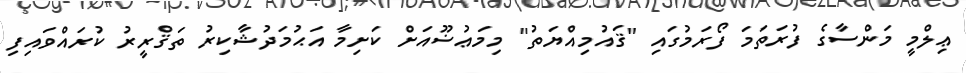
ޢިލްމީ މަންސާގެ ފުރަތަމަ ފޯރަމުގައި "ޤައުމިއްޔަތު" މިމަޢުޟޫއަށް ކަށިމާ އަޙުމަދުޝާކިރު ތަޤްރީރު ކުރައްވައިފި